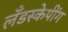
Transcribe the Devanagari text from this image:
लँडस्केपींग